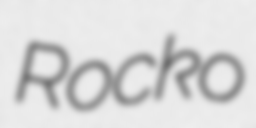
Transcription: Rocko